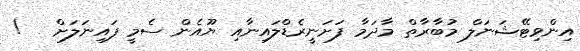
އިންވިޓޭޝަނަލް މުބާރާތް މާދަމާ ފަށަނީރެޑްލައިނާއި ޔޫއެން ސެމީ ފައިނަލަށް   !